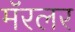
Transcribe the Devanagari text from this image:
मॅरलर